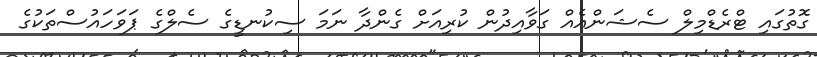
ގޮތުގައި ޓްރެޑްމިލް ސެޝަންއެއް ގަވާއިދުން ކުރިއަށް ގެންދާ ނަމަ ސިކުނޑީގެ ސެލްގެ ޕަވަހައުސްތަކުގެ